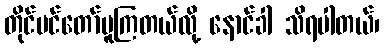
တိုင်ပင်တော်မူကြတယ်လို့ နောင်ခါ သိရပါတယ်၊